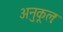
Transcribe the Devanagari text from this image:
अनुकूलः